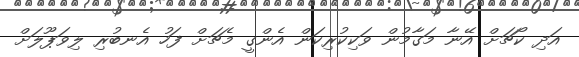
އަދި ކޯޗަށް އޭނާ މަގާމުން ވަކިކުރިކަން އެންގީ މެޗަށް ފަހު އެނބުރި ލިވަޕޫލަށް